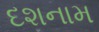
દશનામ